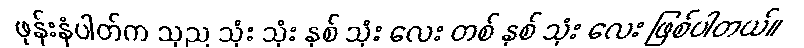
ဖုန်းနံပါတ်က သုည သုံး သုံး နှစ် သုံး လေး တစ် နှစ် သုံး လေး ဖြစ်ပါတယ်။